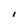
Character: 1